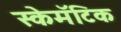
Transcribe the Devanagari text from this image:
स्केमॅटिक